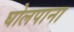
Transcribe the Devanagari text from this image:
घोलपाना